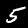
Label: 5